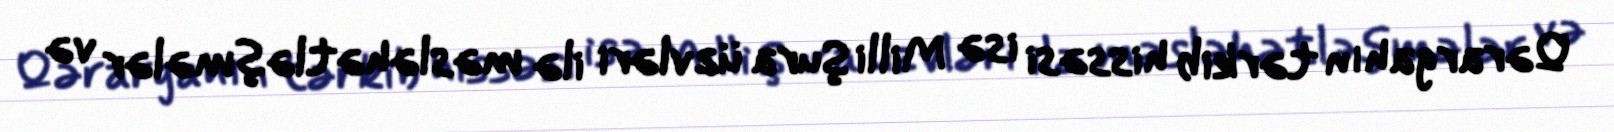
Qərargahın tərkib hissəsi isə Milli Şura üzvləri ilə məsləhətləşmələr və